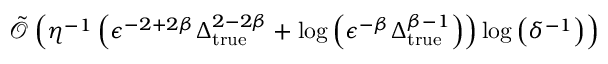
\tilde { \mathcal { O } } \left( \eta ^ { - 1 } \left( \epsilon ^ { - 2 + 2 \beta } \Delta _ { \mathrm { t r u e } } ^ { 2 - 2 \beta } + \log \left( \epsilon ^ { - \beta } \Delta _ { \mathrm { t r u e } } ^ { \beta - 1 } \right) \right) \log \left( \delta ^ { - 1 } \right) \right)